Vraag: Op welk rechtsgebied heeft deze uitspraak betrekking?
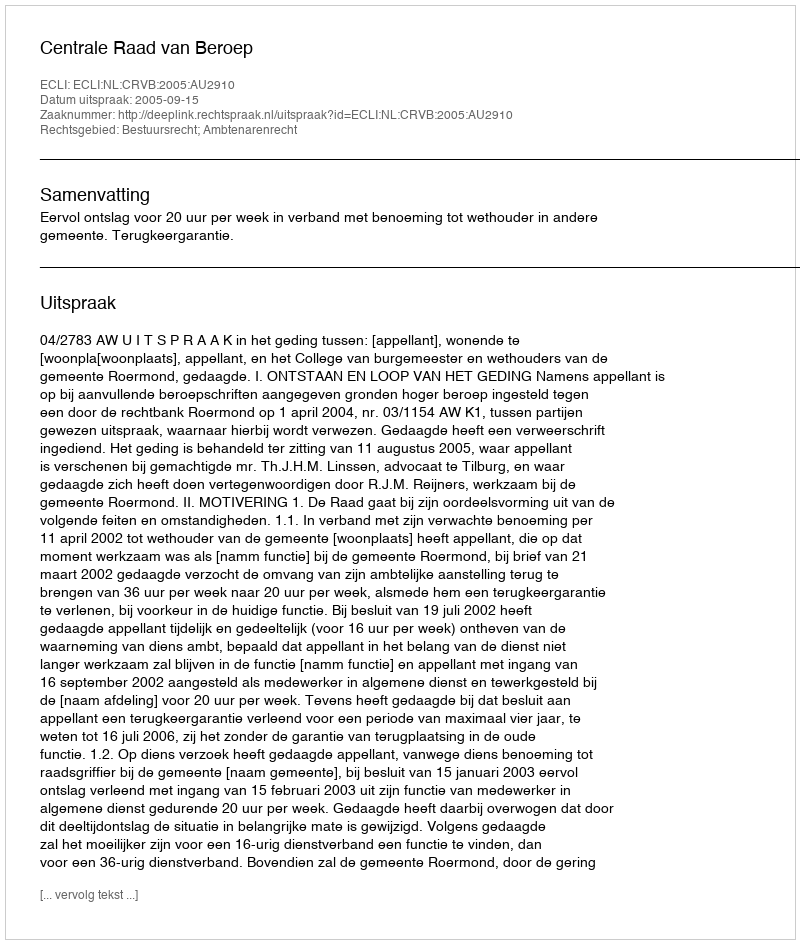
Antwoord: Bestuursrecht; Ambtenarenrecht